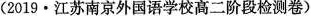
(2019·江苏南京外国语学校高二阶段检测卷)